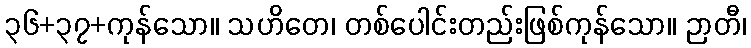
၃၆+၃၇+ကုန်သော။ သဟိတေ၊ တစ်ပေါင်းတည်းဖြစ်ကုန်သော။ ဉာတီ၊